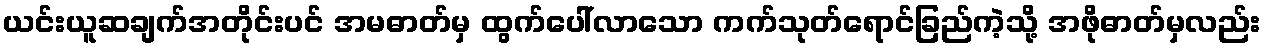
ယင်းယူဆချက်အတိုင်းပင် အမဓာတ်မှ ထွက်ပေါ်လာသော ကက်သုတ်ရောင်ခြည်ကဲ့သို့ အဖိုဓာတ်မှလည်း